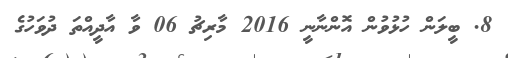
8. ބީލަން ހުޅުވުން އޮންނާނީ 2016 މާރިޗު 06 ވާ އާދީއްތަ ދުވަހުގެ